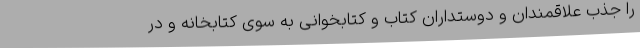
را جذب علاقمندان و دوستداران کتاب و کتابخوانی به سوی کتابخانه و در